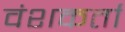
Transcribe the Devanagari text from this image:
वंशकर्ता